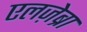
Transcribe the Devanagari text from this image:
एलज़ेब्रा